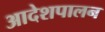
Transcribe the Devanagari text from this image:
आदेशपालन